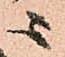
ニ